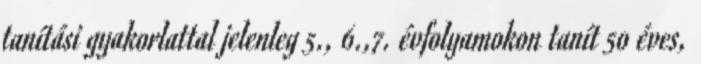
tanítási gyakorlattal jelenleg 5., 6.,7. évfolyamokon tanít 50 éves,